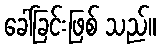
ခေါ်ခြင်းဖြစ် သည်။